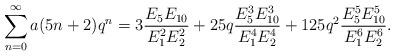
LaTeX: \begin{align*}\sum_{n=0}^{\infty}a(5n+2)q^{n} &=3\dfrac{E_{5}E_{10}}{E_{1}^{2}E_{2}^{2}}+25q\dfrac{E_{5}^{3}E_{10}^{3}}{E_{1}^{4}E_{2}^{4}}+125q^{2}\dfrac{E_{5}^{5}E_{10}^{5}}{E_{1}^{6}E_{2}^{6}}.\end{align*}